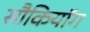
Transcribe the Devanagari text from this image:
सौकियॉग